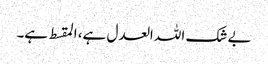
بے شک اللہ العدل ہے، المقسط ہے۔